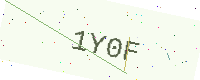
Text: 1Y0F